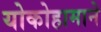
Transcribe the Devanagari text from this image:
योकोहामाने